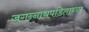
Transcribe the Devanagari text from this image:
जगन्‍नाथपंडिताच्या